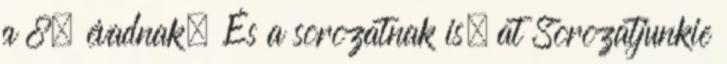
a 8. évadnak. És a sorozatnak is. at Sorozatjunkie